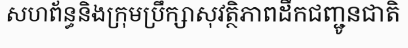
សហព័ន្ធនិងក្រុមប្រឹក្សាសុវត្ថិភាពដឹកជញ្ជូនជាតិ